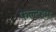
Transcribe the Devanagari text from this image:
फेल्टहम